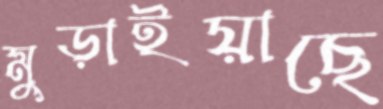
মুড়াইয়াছে